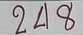
248